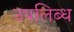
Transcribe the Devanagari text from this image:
उपलिब्ध